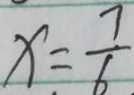
x = \frac { 7 } { 6 }